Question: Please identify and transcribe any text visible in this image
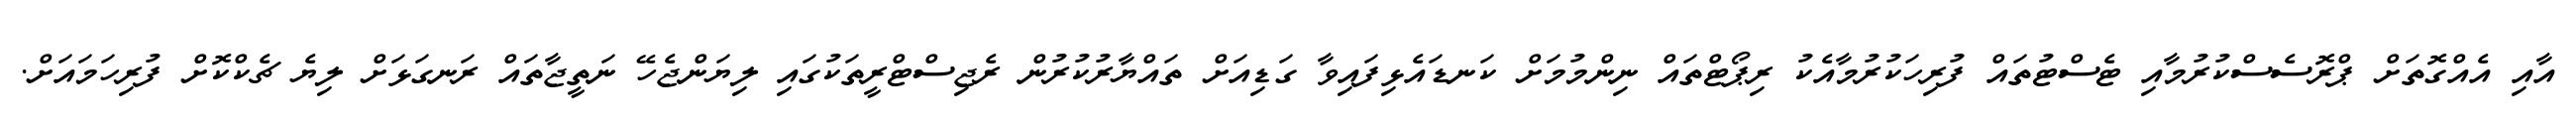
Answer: އާއި އެއްގޮތަށް ޕްރޮސެސްކުރުމާއި ޓެސްޓުތައް ފުރިހަކުރުމާއެކު ރިޕޯޓްތައް ނިންމުމަށް ކަނޑައެޅިފައިވާ ގަޑިއަށް ތައްޔާރުކުރުން ރެޖިސްޓްރީތަކުގައި ލިޔަންޖެހޭ ނަތީޖާތައް ރަނގަޅަށް ލިޔެ ޗެކްކޮށް ފުރިހަމައަށް.